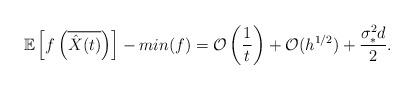
LaTeX: \begin{align*} \mathbb{E}\left[f\left(\overline{\hat{X}(t)}\right)\right]-min(f)=\mathcal{O}\left(\frac{1}{t}\right)+\mathcal{O}(h^{1/2})+\frac{\sigma_*^2 d}{2}. \end{align*}